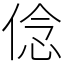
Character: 㑫